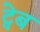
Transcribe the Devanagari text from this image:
ट्वेब